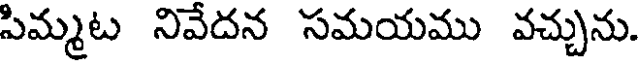
పిమ్మట నివేదన సమయము వచ్చును.